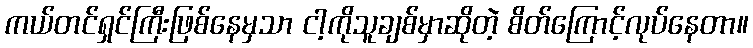
ကယ်တင်ရှင်ကြီးဖြစ်နေမှသာ ငါ့ကိုသူချစ်မှာဆိုတဲ့ စိတ်ကြောင့်လုပ်နေတာ။